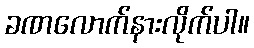
ခဏလောက်နားလိုက်ပါ။